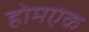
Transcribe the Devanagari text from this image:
होमएक